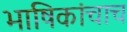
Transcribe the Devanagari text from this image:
भाषिकांचाच